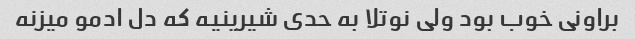
براونی خوب بود ولی نوتلا به حدی شیرینیه که دل ادمو میزنه